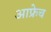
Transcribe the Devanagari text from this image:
आफ्रेच